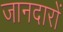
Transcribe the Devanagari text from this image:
जानदारों